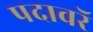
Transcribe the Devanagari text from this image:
पदावरॅ